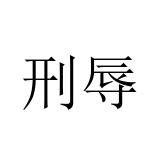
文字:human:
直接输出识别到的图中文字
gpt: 刑辱